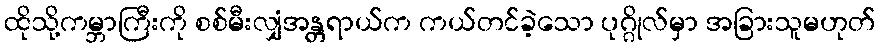
ထိုသို့ကမ္ဘာကြီးကို စစ်မီးလျှံအန္တရာယ်က ကယ်တင်ခဲ့သော ပုဂ္ဂိုလ်မှာ အခြားသူမဟုတ်